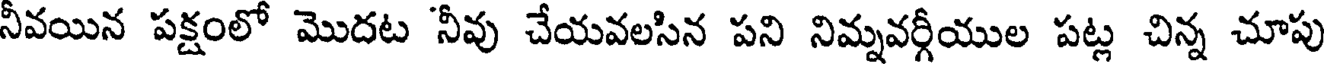
నీవయిన పక్షంలో మొదట 'నీవు చేయవలసిన పని నిమ్నవర్గీయుల పట్ల చిన్న చూపు